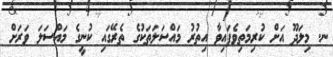
ނ. މިލަދޫ އަށް ކުރިމަތިވެފައިވާ އިތުރު މައްސަލަތަކުގެ ތެރޭގައި ކުނީގެ މައްސަލަ ވަރަށް